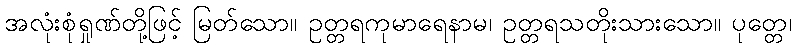
အလုံးစုံရှုဏ်တို့ဖြင့် မြတ်သော။ ဥတ္တရကုမာရေနာမ၊ ဥတ္တရသတိုးသားသော။ ပုတ္တေ၊